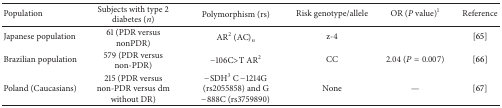
| Population | Subjects with type 2 diabetes (n) | Polymorphism (rs) | Risk genotype/allele | OR (P value)1 | Reference |
 | --- | --- | --- | --- | --- | --- |
 | Japanese population | 61 (PDR versus nonPDR) | AR2 (AC)n | z-4 |  | [65] |
 | Brazilian population | 579 (PDR versus non-PDR) | −106C>T AR2 | CC | 2.04 (P = 0.007) | [66] |
 | Poland (Caucasians) | 215 (PDR versus non-PDR versus dm without DR) | −SDH3 C −1214G (rs2055858) and G −888C (rs3759890) | None | — | [67] |